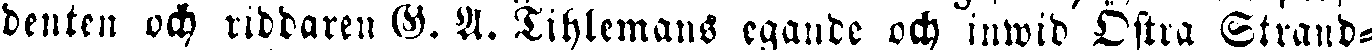
denten och riddaren G. A. Tihlemans egande och inwid Östra Strand-